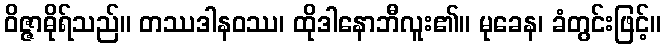
ဝိဇ္ဇာဓိုရ်သည်။ တဿဒါနဝဿ၊ ထိုဒါနောဘီလူး၏။ မုခေန၊ ခံတွင်းဖြင့်။